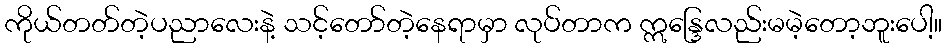
ကိုယ်တတ်တဲ့ပညာလေးနဲ့ သင့်တော်တဲ့နေရာမှာ လုပ်တာက ဣန္ဒြေလည်းမမဲ့တော့ဘူးပေါ့။